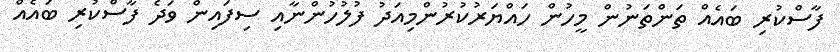
ފާސްކުރި ބައެއް ތަންތަނުން މީހުން ހައްޔަރުކުރުންމިއަދު ފުލުހުންނާއި ސިފައިން ވަދެ ފާސްކުރި ބައެއް